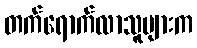
တက်ရောက်လာသူများက